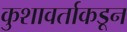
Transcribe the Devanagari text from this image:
कुशावर्ताकडून